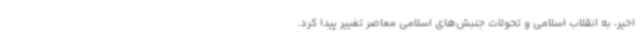
اخیر، به انقلاب اسلامی و تحولات جنبش‌های اسلامی معاصر تغییر پیدا کرد.